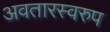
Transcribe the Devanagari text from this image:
अवतारस्वरुप